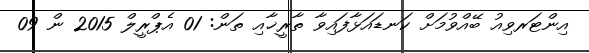
އިންޓަރވިއު ބޭއްވުމަށް ކަނޑައަޅާފައިވާ ތާރީޚާއި ތަން: 01 އެޕްރީލް 2015 ން 09